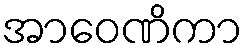
အာဝေဏိကာ